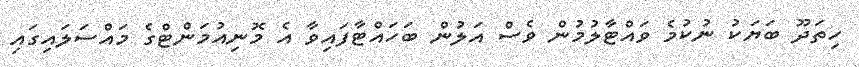
ހިތަދޫ ބަޔަކު ނުކުމެ ވައްޓާލުމުން ވެސް އަލުން ބަހައްޓާފައިވާ އެ މޮނިއުމަންޓްގެ މައްސަލައިގައި